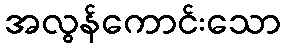
အလွန်ကောင်းသော